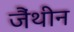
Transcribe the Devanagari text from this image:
जैंथीन